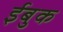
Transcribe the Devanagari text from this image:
ईबुक